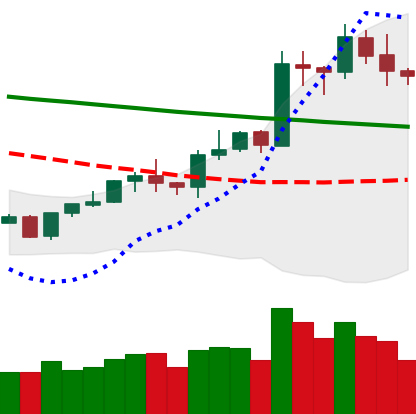
Ticker: LTC-USD
Chart end date: 2020-01-20
Forward return: -6.128%
Label: down_5_7